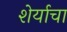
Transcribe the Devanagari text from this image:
शेर्याचा